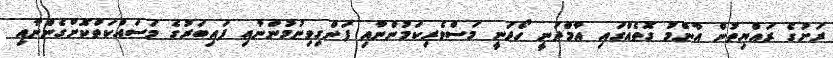
ރަށުގެ ރައްޔިތުން އާންމު ގޮތެއްގައި އާމްދަނީ ހޯދަނީ މަސްވެރިކަމުންނާއި ފަންގިވިނުމުންނާއި ފައިބަރުގެ މަސައްކަތްކޮށްގެންނާއި